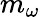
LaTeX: m_{\omega}